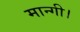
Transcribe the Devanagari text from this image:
मान्गी।